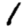
Digit: 1